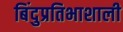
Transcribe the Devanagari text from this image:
बिंदुप्रतिभाशाली